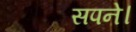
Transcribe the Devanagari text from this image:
सपने।